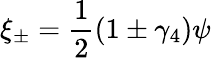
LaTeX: \xi_{\pm}=\frac{1}{2}(1\pm\gamma_{4})\psi